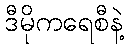
ဒီမိုကရေစီနဲ့